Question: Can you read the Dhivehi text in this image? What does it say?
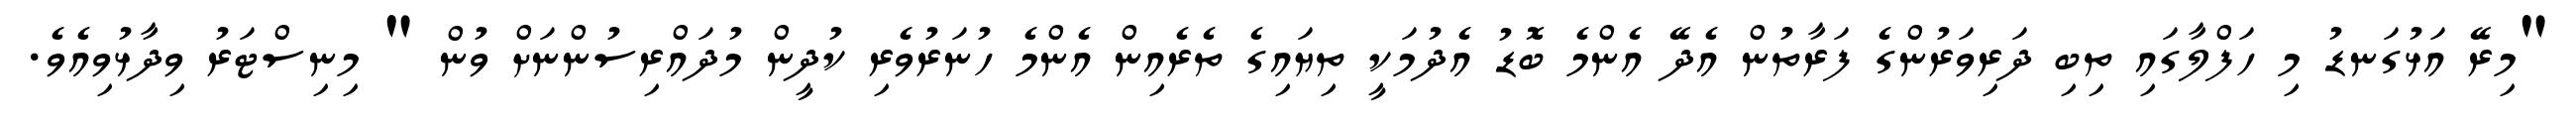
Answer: "މިރޭ އަޅުގަނޑު މި ހަފްލާގައި ތިބި ދަރިވަރުންގެ ފަރާތުން އެދޭ އެންމެ ބޮޑު އެދުމަކީ ތިޔައިގެ ތެރެއިން އެންމެ ހުނަރުވެރި ކުދީން މުދައްރިސުންނަށް ވުން " މިނިސްޓަރު ވިދާޅުވިއެވެ.